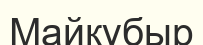
Майқұбыр